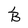
Character: B